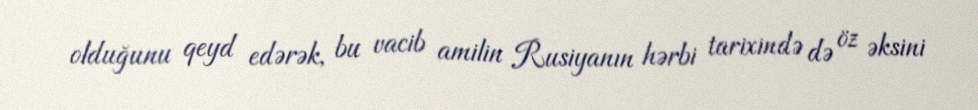
olduğunu qeyd edərək, bu vacib amilin Rusiyanın hərbi tarixində də öz əksini